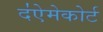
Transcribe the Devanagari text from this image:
द॑ऐमेकोर्ट